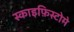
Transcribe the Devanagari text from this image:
स्काइफ़िस्टोमे